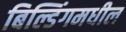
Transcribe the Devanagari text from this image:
बिल्डिंगमधील